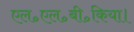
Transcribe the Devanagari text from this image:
एल॰एल॰बी॰किया।